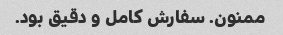
ممنون. سفارش کامل و دقیق بود.